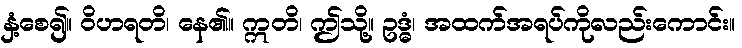
နှံ့စေ၍။ ဝိဟရတိ၊ နေ၏။ ဣတိ၊ ဤသို့။ ဥဒ္ဓံ၊ အထက်အရပ်ကိုလည်းကောင်း။